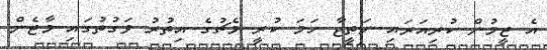
އެ ޓީމުން ކުރިއަރައި ނަތީޖާ ހަމަ ކުރީ މެޗުގެ އިތުރު ވަގުތުގައި މާޓެން